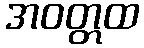
အဝတ္တထ